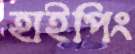
হাইপিং